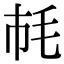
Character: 𣬪